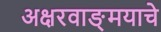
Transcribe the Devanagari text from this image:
अक्षरवाङ्‌मयाचे